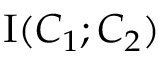
\operatorname { I } ( C _ { 1 } ; C _ { 2 } )